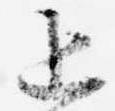
上